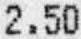
2.50